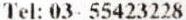
TEL: 03- 55423228